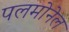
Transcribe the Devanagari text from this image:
पलमोनेल